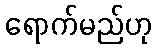
ရောက်မည်ဟု